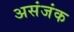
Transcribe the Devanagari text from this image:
असंजंक